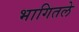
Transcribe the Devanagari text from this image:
भागितले